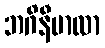
ဘဂိနီမာလာ